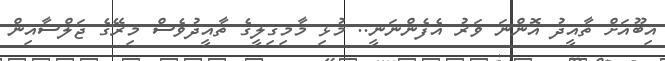
އިބޫއަށް ތާއީދު އޮންނަ ވަރު އެފެންނަނީ.. މުޅި މާމިގިލީގެ ތާއީދުވެސް މިރޭގެ ޖަލްސާއިން